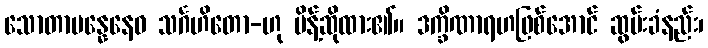
သောတာပန္နေနေဝ သင်္ဂဟိတော-ဟု မိန့်ဆိုထား၏။ ဒက္ခိဏာရဟဖြစ်အောင် ဆွမ်းခံနည်း၊